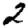
Digit: 2